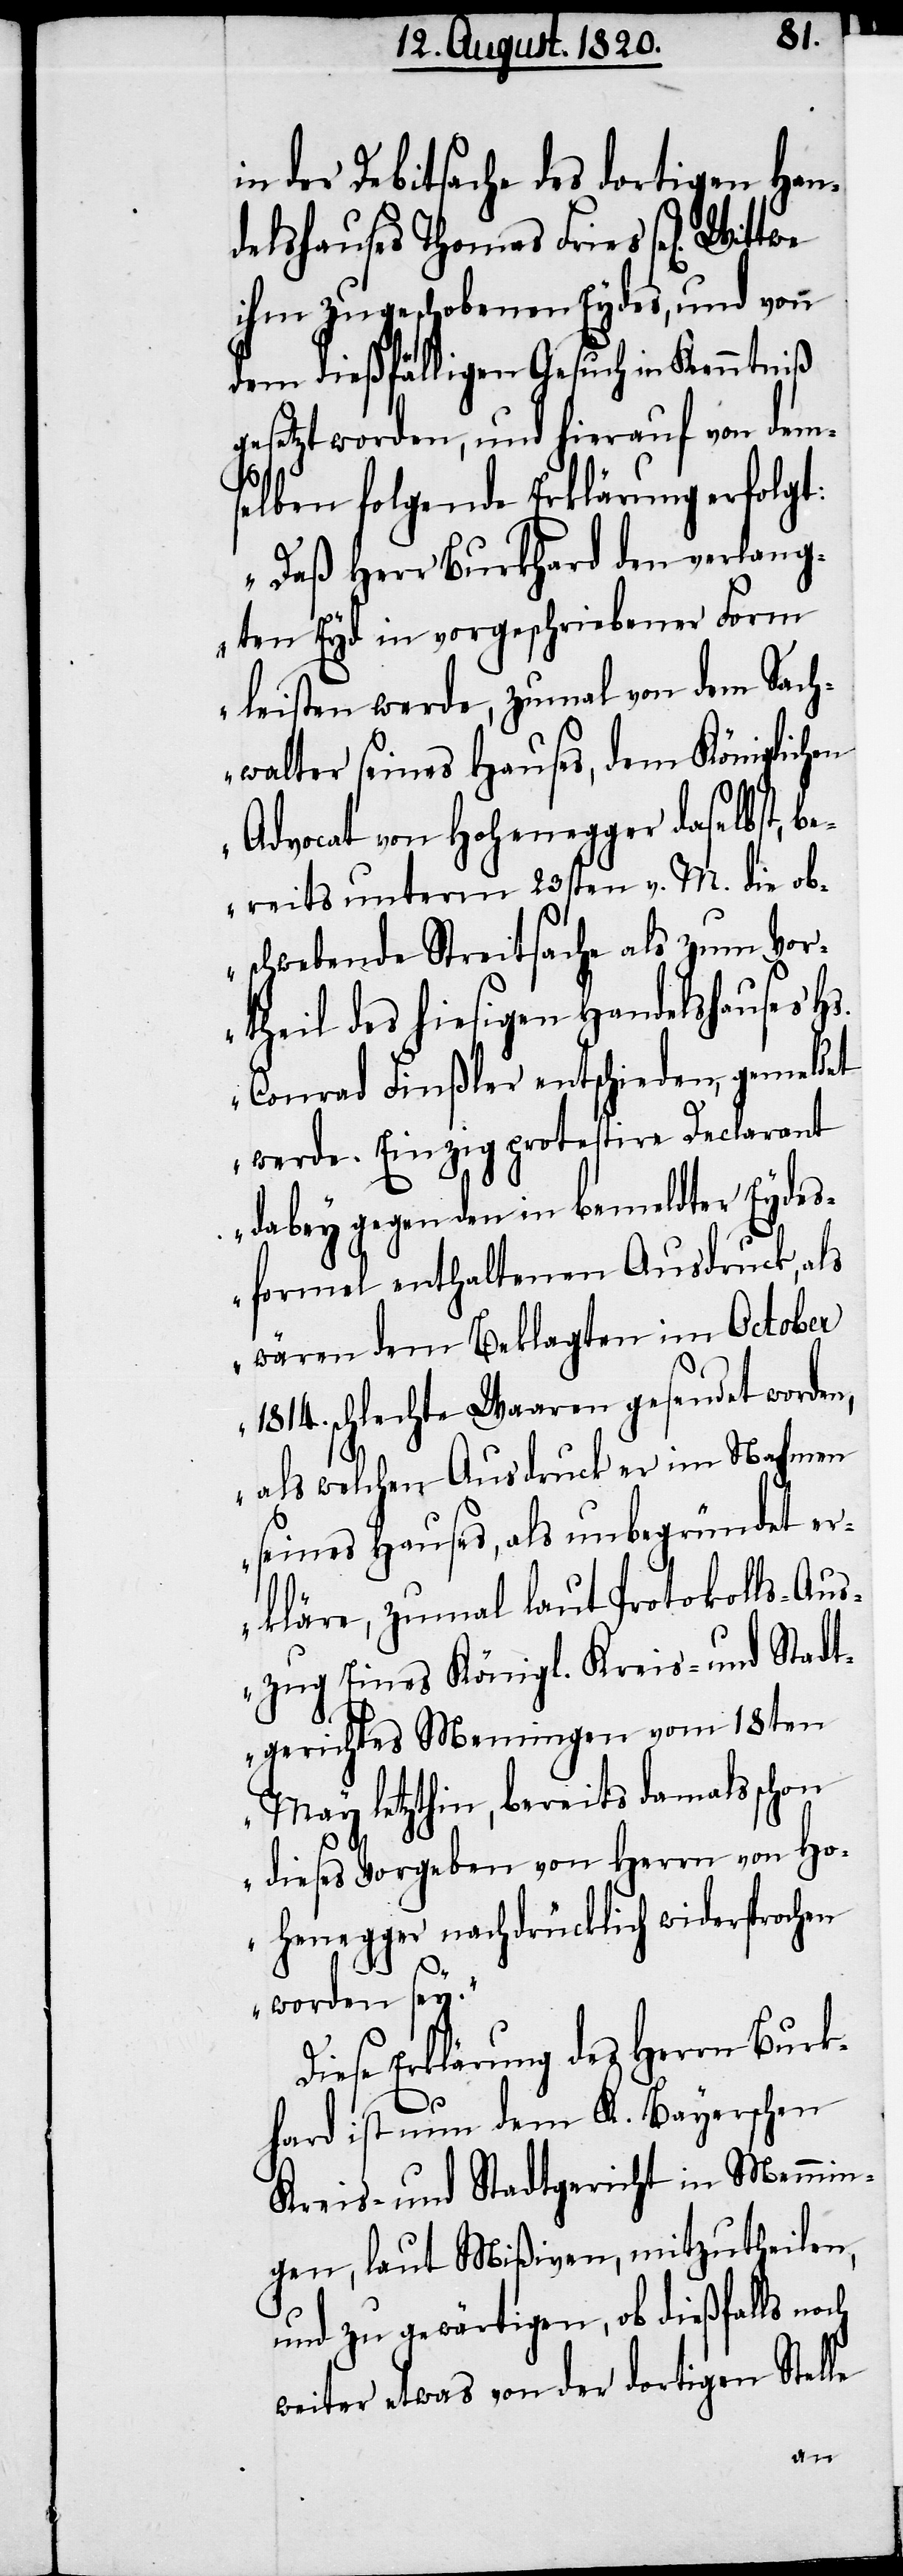
in der Debitsache des dortigen Han¬
delshauses Thomas Fries sel[igen].
ihm zugeschobenen Eydes, und von
dem dießfälligen Gesuch in Kenntniß
gesetzt worden, und hierauf von dem¬
zug
selben folgende Erklärung erfolgt:
„Daß Herr Burkhard den verlang¬
ten Eyd in vorgeschriebener Form
leisten werde, zumal von dem Sach¬
walter seines Hauses, dem Königlichen
Advocat von Hohenegger daselbst, b¬
ereits unterm 23sten v. M. die ob¬
schwebende Streitsache als zum Vor¬
theil des hiesigen Handelshauses Hs.
Conrad Finßler entschieden, gemeldet
werde. Einzig protestire Declarant
dabey gegen den in bemeldter Eydes¬
formel enthaltenen Ausdruck, als
wären dem Beklagten im October
1814. schlechte Waaren gesendet worden,
als welchen Ausdruck er im Nahmen
seines Hauses, als unbegründet er¬
kläre, zumal laut Protokolls-Aus¬
May letzthin, bereits damals schon
dieses Vorgeben von Herrn von Ho¬
henegger nachdrücklich widersprochen
worden sey.“
Diese Erklärung des Herrn Burk¬
hard ist nun dem K. Bayerschen
Kreis- und Stadtgericht in Memmin¬
gen, laut Mißiven, mitzutheilen,
und zu gewärtigen, ob dießfalls noch
weiter etwas von der dortigen Stelle
gen